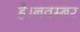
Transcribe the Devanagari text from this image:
है।नवम्बर